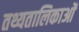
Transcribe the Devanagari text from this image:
तथ्यतालिकाओं